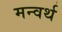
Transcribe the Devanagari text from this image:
मन्वर्थ